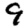
Digit: 9